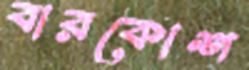
বারকোশ